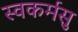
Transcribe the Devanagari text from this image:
स्वकर्मसु